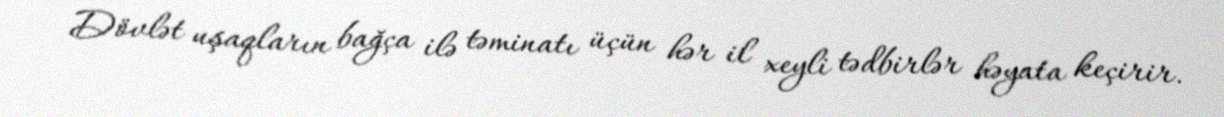
Dövlət uşaqların bağça ilə təminatı üçün hər il xeyli tədbirlər həyata keçirir.